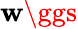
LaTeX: \mathbf{w}\ggs